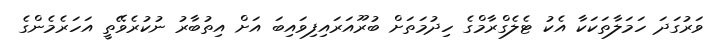
ވަރުގަދަ ހަމަލާތަކަކާ އެކު ޓެލެގްރާމްގެ ހިދުމަތަށް ބުރޫއަރައިފިވައިބަ އަށް އިތުބާރު ނުކުރެވޭތީ އަހަރެމެންގެ